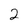
Character: 2